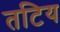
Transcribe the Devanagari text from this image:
तटिय